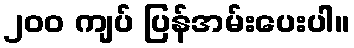
၂၀၀ ကျပ် ပြန်အမ်းပေးပါ။